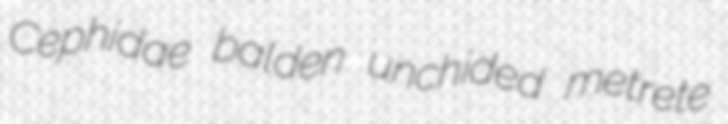
Cephidae balden unchided metrete